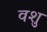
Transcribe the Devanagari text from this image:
वशु